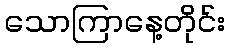
သောကြာနေ့တိုင်း